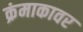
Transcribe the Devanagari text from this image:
क्रंमाकावर